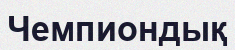
Чемпиондық